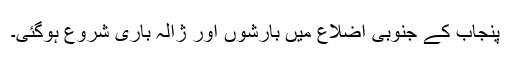
پنجاب کے جنوبی اضلاع میں بارشوں اور ژالہ باری شروع ہوگئی۔